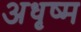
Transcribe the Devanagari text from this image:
अधृष्म